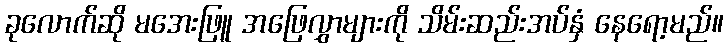
ခုလောက်ဆို မအေးဖြူ အဖြေလွှာများကို သိမ်းဆည်းအပ်နှံ နေရော့မည်။